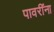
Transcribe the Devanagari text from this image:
पावरींना